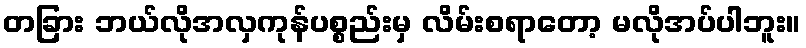
တခြား ဘယ်လိုအလှကုန်ပစ္စည်းမှ လိမ်းစရာတော့ မလိုအပ်ပါဘူး။